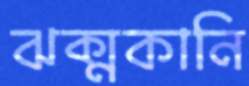
ঝক্‌মকানি